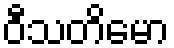
ဝီသတိမော